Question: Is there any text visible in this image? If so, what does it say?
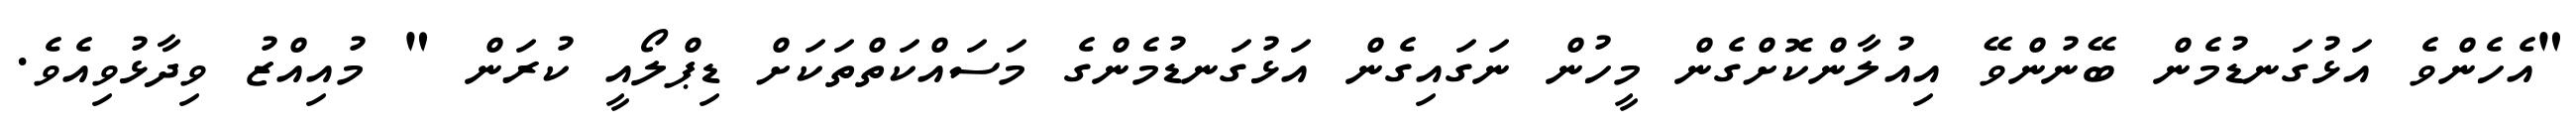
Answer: "އެހެންވެ އަޅުގަނޑުމެން ބޭނުންވޭ އިއުލާންކޮށްގެން މީހުން ނަގައިގެން އަޅުގަނޑުމެންގެ މަސައްކަތްތަކަށް ޑިޕްލޯއީ ކުރަން " މުއިއްޒު ވިދާޅުވިއެވެ.